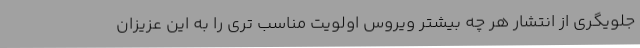
جلویگری از انتشار هر چه بیشتر ویروس اولویت مناسب تری را به این عزیزان